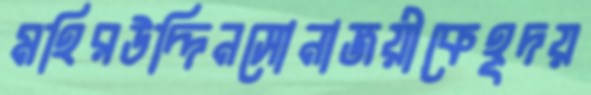
মহিরউদ্দিনসোনাজয়ীকেহূদয়